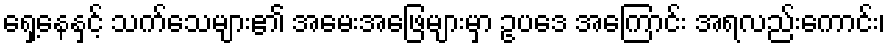
ရှေ့နေနှင့် သက်သေများ၏ အမေးအဖြေများမှာ ဥပဒေ အကြောင်း အရလည်းကောင်း၊